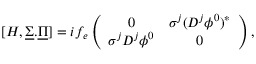
[ H , \underline { { { \Sigma } } } . \underline { { { \Pi } } } ] = i f _ { e } \left( \begin{array} { c c } { { 0 } } & { { \sigma ^ { j } ( D ^ { j } \phi ^ { 0 } ) ^ { * } } } \\ { { \sigma ^ { j } D ^ { j } \phi ^ { 0 } } } & { { 0 } } \end{array} \right) ,